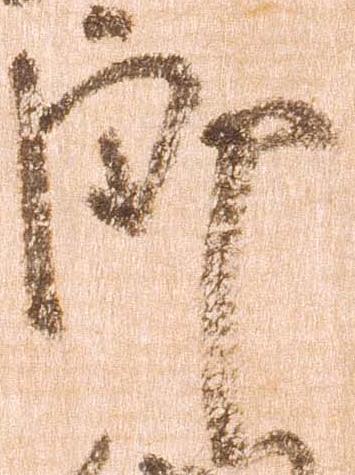
郎